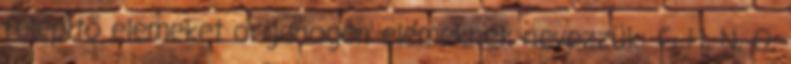
felépítő elemeket organogén elemeknek nevezzük: C, H, N, O,